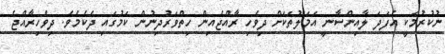
ނުކުރުމަކީ އެފަދަ ލާއިންސާނީ އަމަލުތަކަށް ދިވެހި ރާއްޖެއިން ހިތްވަރުދިނުން ކަމުގައި ދެކެމެވެ. ދިވެހިރާއްޖެ